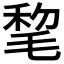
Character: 𣮋